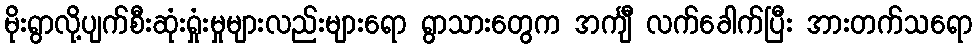
မိုးရွာလို့ပျက်စီးဆုံးရှုံးမှုများလည်းများရော ရွာသားတွေက အင်္ကျီ လက်ခေါက်ပြီး အားတက်သရော